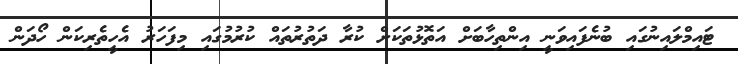
ޓައިމްލައިނުގައި ބުނެފައިވަނީ އިންތިހާބަށް އަތޮޅުތަކަށް ކުރާ ދަތުރުތައް ކުރުމުގައި މިފަހަރު އެހީތެރިކަން ހޯދަން